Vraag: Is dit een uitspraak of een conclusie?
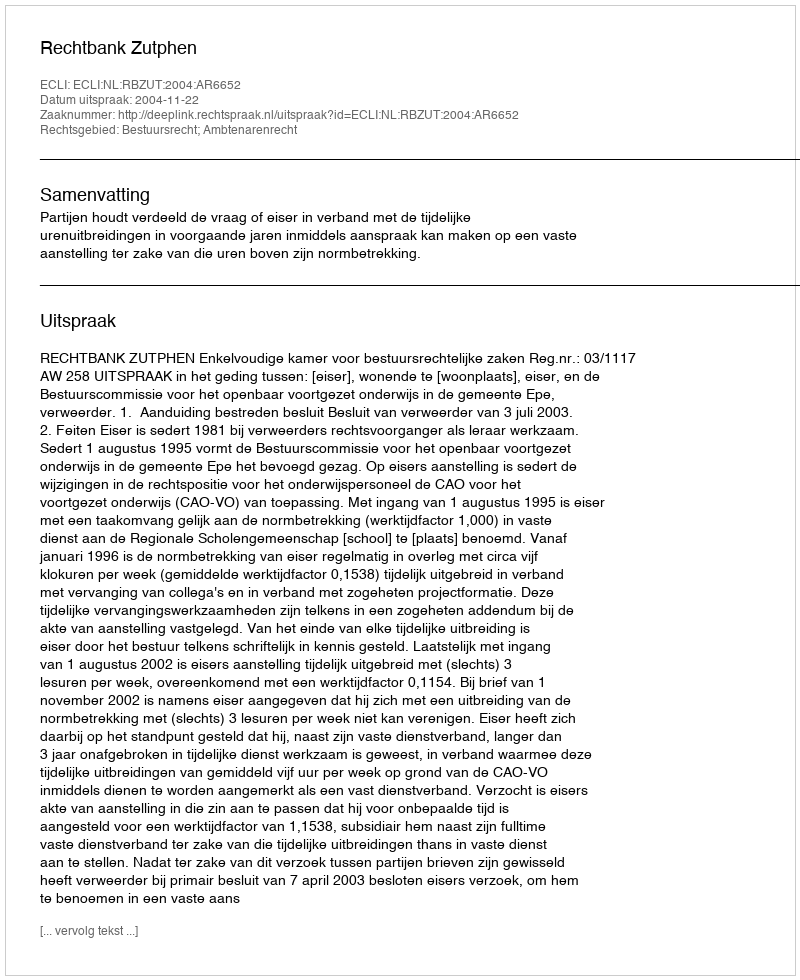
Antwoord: Uitspraak